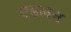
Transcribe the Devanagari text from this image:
एडलन